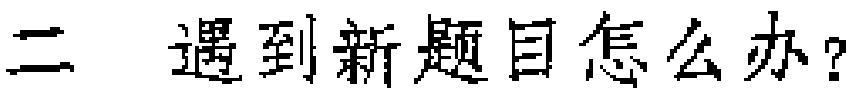
二 遇到新题目怎么办？